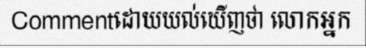
Commentដោយយល់ឃើញថា លោកអ្នក